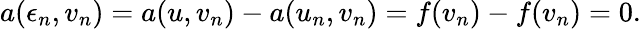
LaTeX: a(\epsilon_{n},v_{n})=a(u,v_{n})-a(u_{n},v_{n})=f(v_{n})-f(v_{n})=0.